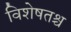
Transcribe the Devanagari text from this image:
विशेषतश्च